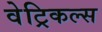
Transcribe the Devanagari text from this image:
वेट्रिकल्स